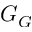
G _ { G }